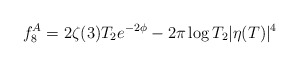
\begin{align*}f_8^A = 2\zeta(3) T_2 e^{-2\phi} - 2\pi\log T_2 |\eta(T)|^4\end{align*}